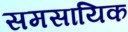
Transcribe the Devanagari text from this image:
समसायिक